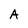
Character: A